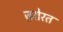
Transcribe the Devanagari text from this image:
ज़रोरत